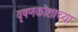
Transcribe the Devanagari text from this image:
वृषणकोशाच्या